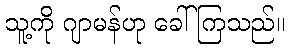
သူ့ကို ဂျာမန်ဟု ခေါ်ကြသည်။